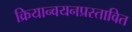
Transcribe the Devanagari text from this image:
क्रियान्वयनप्रस्तावित